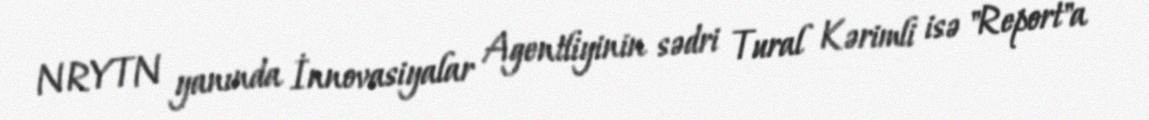
NRYTN yanında İnnovasiyalar Agentliyinin sədri Tural Kərimli isə "Report"a